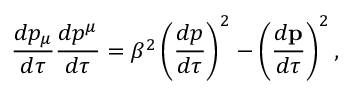
{ \frac { d p _ { \mu } } { d \tau } } { \frac { d p ^ { \mu } } { d \tau } } = \beta ^ { 2 } \left( { \frac { d p } { d \tau } } \right) ^ { 2 } - \left( { \frac { d { \mathbf { p } } } { d \tau } } \right) ^ { 2 } ,